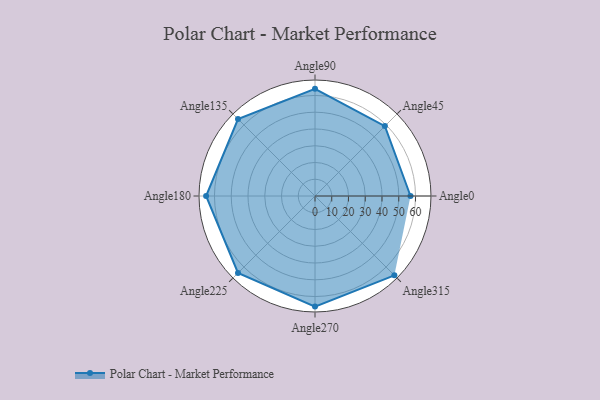
{"axis": {"x": "Angle", "y": "Radius"}, "legend": [""], "data": [{"x": "Angle0", "y": 57.0, "type": ""}, {"x": "Angle45", "y": 59.0, "type": ""}, {"x": "Angle90", "y": 64.0, "type": ""}, {"x": "Angle135", "y": 65.0, "type": ""}, {"x": "Angle180", "y": 65.0, "type": ""}, {"x": "Angle225", "y": 65.0, "type": ""}, {"x": "Angle270", "y": 66.0, "type": ""}, {"x": "Angle315", "y": 67.0, "type": ""}]}